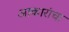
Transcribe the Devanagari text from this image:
आकारांचा